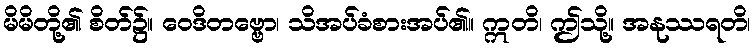
မိမိတို့၏ စိတ်၌။ ဝေဒိတဗ္ဗော၊ သိအပ်ခံစားအပ်၏။ ဣတိ၊ ဤသို့။ အနုဿရတိ၊